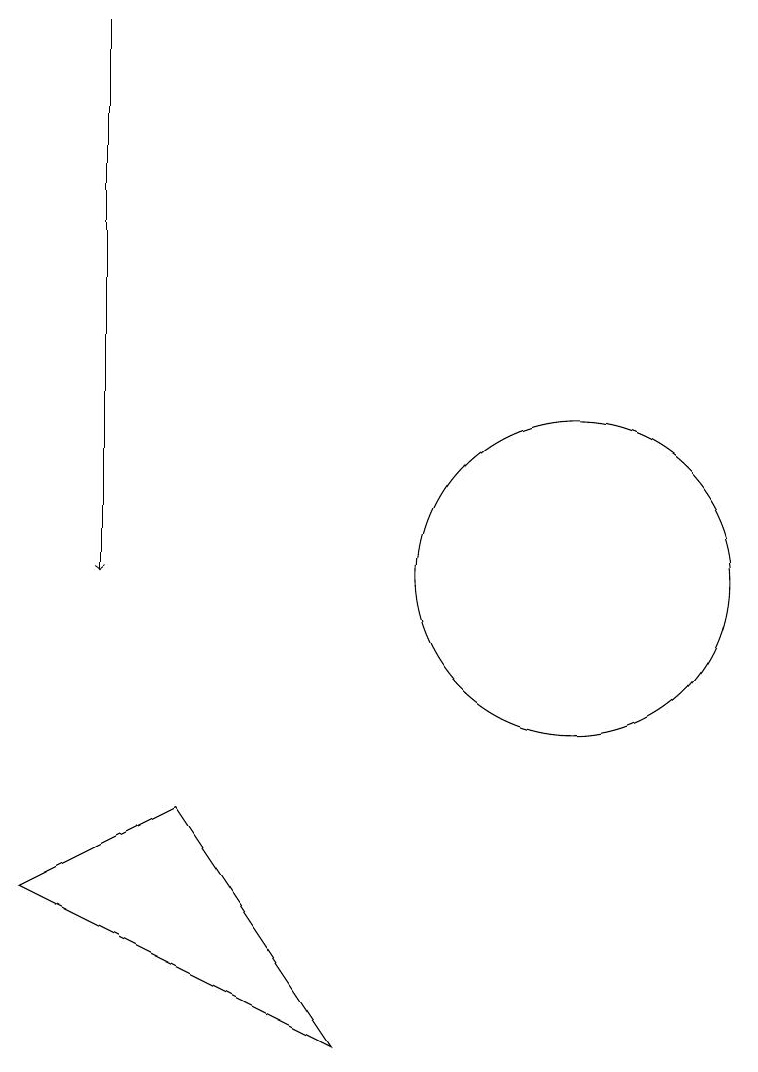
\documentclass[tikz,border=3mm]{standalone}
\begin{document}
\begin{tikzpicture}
\draw[->] (5,18) -- (5,11);
\draw (8,5) -- (6,8) -- (4,7) -- cycle;
\draw (11,11) circle (2);
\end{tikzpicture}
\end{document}